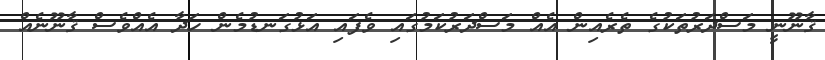
ޤާނޫނީ މަސްދަރުތަކުގެ ތެރެއިން އެއް މަސްދަރުކަމުގައި ވެފައި އަޅުގަނޑުމެން ހަދާ އެއްވެސް ޤާނޫނެއް